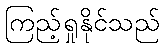
ကြည့်ရှုနိုင်သည်